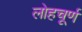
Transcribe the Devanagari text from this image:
लोहचूर्ण